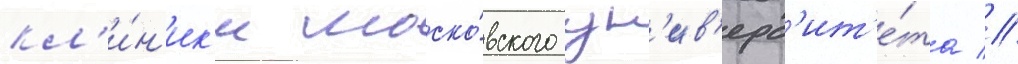
кл'и́н'ик'и моско́вского ун'ив'ерс'ит'е́та //